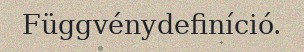
Függvénydefiníció.